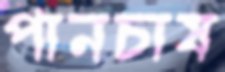
পানচাষ